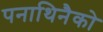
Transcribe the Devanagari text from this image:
पनाथिनैको